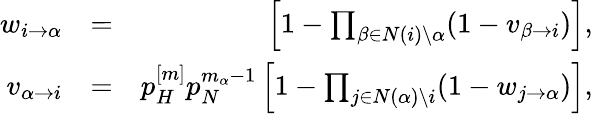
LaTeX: \begin{array}{rlr}{w_{i\rightarrow\alpha}}&{=}&{\left[1-\prod_{\beta\in N(i)\setminus\alpha}(1-v_{\beta\rightarrow i})\right],}\\ {v_{\alpha\rightarrow i}}&{=}&{p_{H}^{[m]}p_{N}^{m_{\alpha}-1}\left[1-\prod_{j\in N(\alpha)\setminus i}(1-w_{j\rightarrow\alpha})\right],}\end{array}